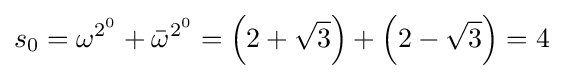
s_{0}=\omega ^{2^{0}}+{\bar {\omega }}^{2^{0}}=\left(2+{\sqrt {3}}\right)+\left(2-{\sqrt {3}}\right)=4